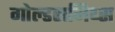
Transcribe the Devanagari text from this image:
गोल्डसमिथ्स